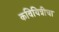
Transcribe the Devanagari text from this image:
कवियित्रीचा